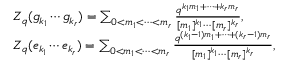
\begin{array} { r l } & { Z _ { q } ( g _ { k _ { 1 } } \cdots g _ { k _ { r } } ) = \sum _ { 0 < m _ { 1 } < \cdots < m _ { r } } \frac { q ^ { k _ { 1 } m _ { 1 } + \cdots + k _ { r } m _ { r } } } { [ m _ { 1 } ] ^ { k _ { 1 } } \cdots [ m _ { r } ] ^ { k _ { r } } } , } \\ & { Z _ { q } ( e _ { k _ { 1 } } \cdots e _ { k _ { r } } ) = \sum _ { 0 < m _ { 1 } < \cdots < m _ { r } } \frac { q ^ { ( k _ { 1 } - 1 ) m _ { 1 } + \cdots + ( k _ { r } - 1 ) m _ { r } } } { [ m _ { 1 } ] ^ { k _ { 1 } } \cdots [ m _ { r } ] ^ { k _ { r } } } , } \end{array}